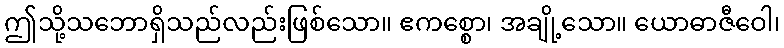
ဤသို့သဘောရှိသည်လည်းဖြစ်သော။ ဧကစ္စော၊ အချို့သော။ ယောဓာဇီဝေါ၊